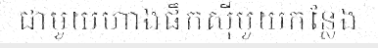
ជាមួយហាងផឹកស៊ីមួយកន្លែង